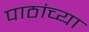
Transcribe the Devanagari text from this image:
पाठांच्या